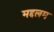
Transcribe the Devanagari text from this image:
मद्दलम